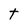
Character: t